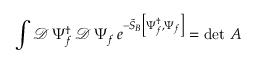
\int \mathcal { D } \, \Psi _ { f } ^ { \dagger } \, \mathcal { D } \, \Psi _ { f } \, e ^ { - \widetilde { S } _ { B } \left[ \Psi _ { f } ^ { \dagger } , \Psi _ { f } \right] } = \operatorname* { d e t } \, \cal A